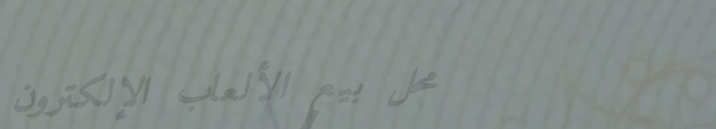
محل بيع الألعاب الإلكترون